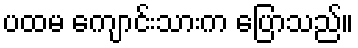
ပထမ ကျောင်းသားက ပြောသည်။